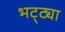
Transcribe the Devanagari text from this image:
भट्‌ट्या